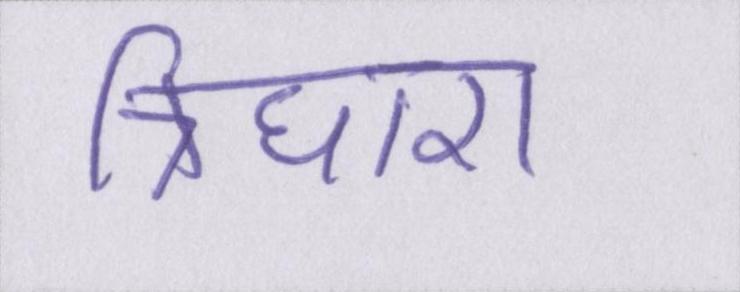
त्रिधारा